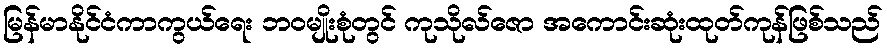
မြန်မာနိုင်ငံကာကွယ်ရေး ဘဝမျိုးစုံတွင် ကုသိုလ်ဇော အကောင်းဆုံးထုတ်ကုန်ဖြစ်သည်